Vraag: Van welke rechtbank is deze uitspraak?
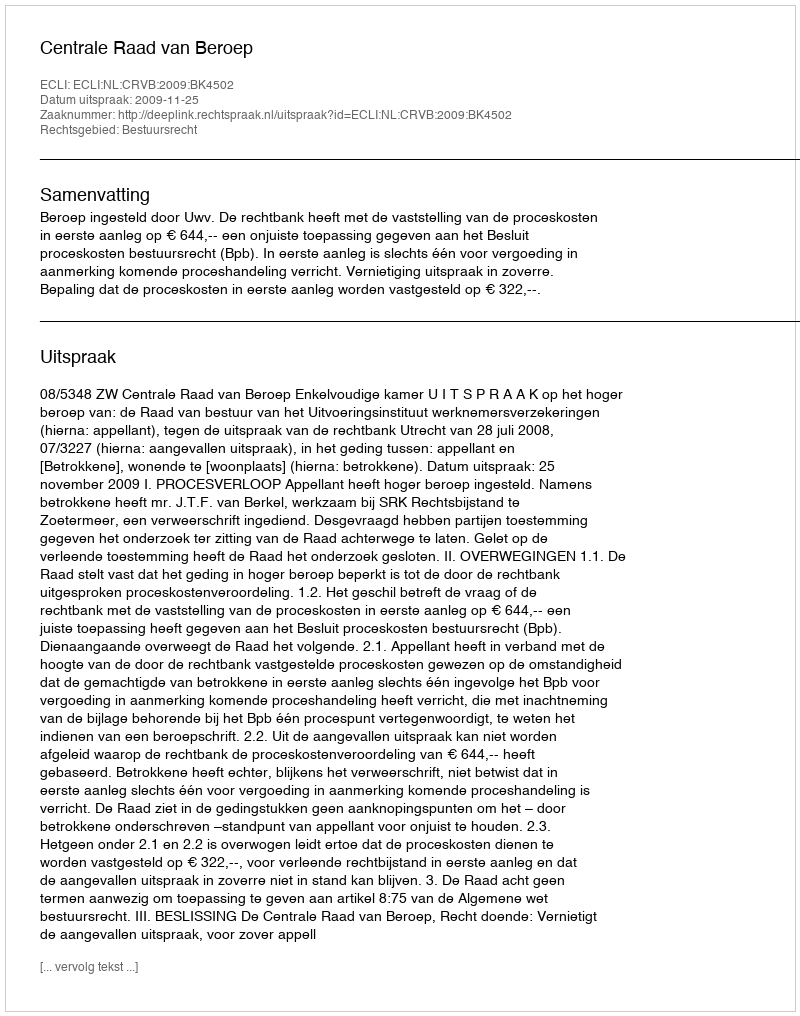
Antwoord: Centrale Raad van Beroep